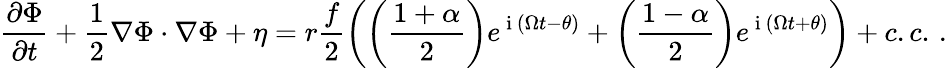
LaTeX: \frac{\partial\Phi}{\partial t}+\frac{1}{2}\nabla\Phi\cdot\nabla\Phi+\eta=r\frac{f}{2}\left(\left(\frac{1+\alpha}{2}\right)e^{\mathrm{~i~}\left(\Omega t-\theta\right)}+\left(\frac{1-\alpha}{2}\right)e^{\mathrm{~i~}\left(\Omega t+\theta\right)}\right)+c.c.\, .